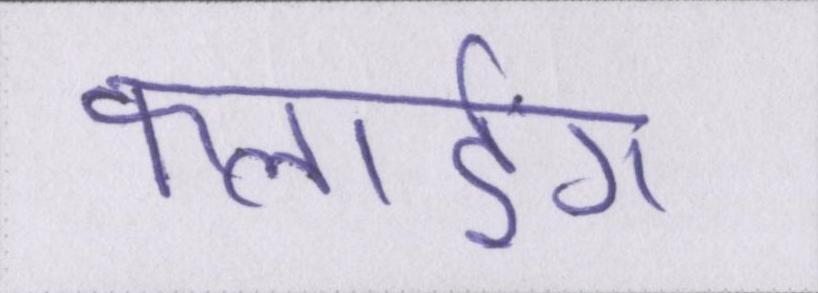
फ्लाईंग